Leaving Certificate Examination, 1919
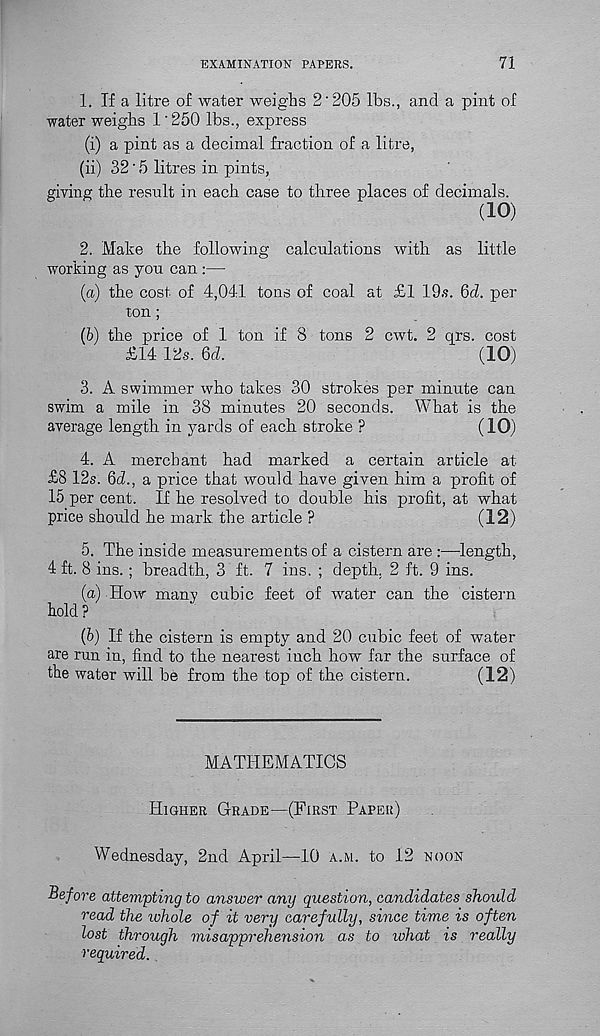
EXAMINATION PAPERS.
71
1. If a litre of water weighs 2'205 lbs., and a pint of
water weighs 1'250 lbs., express
(i) a pint as a decimal fraction of a litre,
(ii) 32'5 litres in pints,
giving the result in each case to three places of decimals.
(10)
2. Make the following calculations with as little
working as you can :—
(a) the cost of 4,041 tons of coal at £1 19s. 6ci per
ton;
(b) the price of 1 ton if 8 tons 2 cwt. 2 qrs. cost
£14 12s. 6cZ.
(10)
3. A swimmer who takes 30 strokes per minute can
swim a mile in 38 minutes 20 seconds. What is the
average length in yards of each stroke ?
(10)
4. A merchant had marked a certain article at
£8 12s. Qd., a price that would have given him a profit of
15 per cent. If he resolved to double his profit, at what
price should he mark, the article ?
(12)
5. The inside measurements of a cistern are :—length,
4 ft. 8 ins.; breadth, 3 ft. 7 ins. ; depth. 2 ft. 9 ins.
(a) How many cubic feet of water can the cistern
hold?
(b) If the cistern is empty and 20 cubic feet of water
are run in, find to the nearest inch how far the surface of
the water will be from the top of the cistern.
(12)
MATHEMATICS
Higher Grade—(First Paper)
Wednesday, 2nd April—10 a.m. to 12 noon
Before attempting to answer any question, candidates should
read the whole of it very carefully, since time is often
lost through misapprehension as to ivhat is really
required.